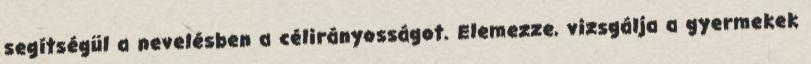
segítségül a nevelésben a célirányosságot. Elemezze, vizsgálja a gyermekek